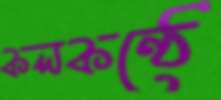
কলকণ্ঠে